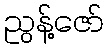
ညွန့်ဇော်